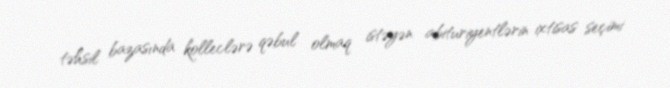
təhsil bazasında kolleclərə qəbul olmaq istəyən abituriyentlərin ixtisas seçimi